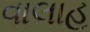
વાલાહ